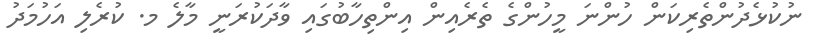
ނުކުޅެދުންތެރިކަން ހުންނަ މީހުންގެ ތެރެއިން އިންތިހާބުގައި ވާދަކުރަނީ މާލެ މ. ކުރެލި އަހުމަދު